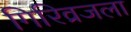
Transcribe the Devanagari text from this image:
गिरिव्रजला